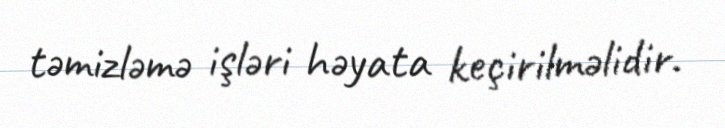
təmizləmə işləri həyata keçirilməlidir.